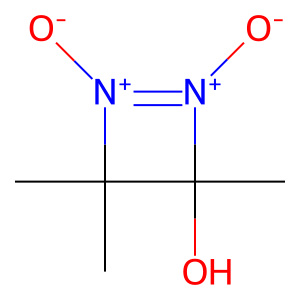
SMILES: CC1(C)[N+]([O-])=[N+]([O-])C1(C)O
Inhibits HIV replication: No